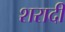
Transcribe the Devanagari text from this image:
शरादी